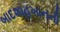
બાદશાહખાનની